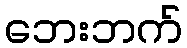
ဘေးဘက်